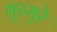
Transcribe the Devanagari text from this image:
मुरमुरे